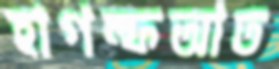
হাগল্ফআত